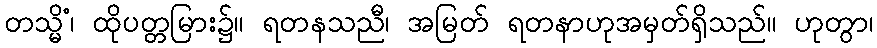
တသ္မိံ၊ ထိုပတ္တမြား၌။ ရတနသညီ၊ အမြတ် ရတနာဟုအမှတ်ရှိသည်။ ဟုတွာ၊